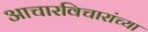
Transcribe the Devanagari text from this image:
आचारविचारांच्या